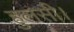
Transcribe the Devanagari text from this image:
हुलसी।